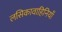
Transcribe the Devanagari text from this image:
लसिकावाहिनियाँ